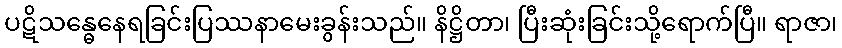
ပဋိသန္ဓေနေရခြင်းပြဿနာမေးခွန်းသည်။ နိဋ္ဌိတာ၊ ပြီးဆုံးခြင်းသို့ရောက်ပြီ။ ရာဇာ၊